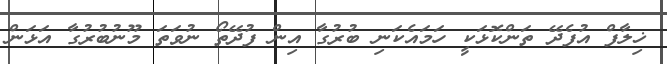
ޚިލާފް އުފެދޭ ތަންކޮޅަކީ ހަމައެކަނި ބުރުގާ އިން ފުދޭތޯ ނުވަތަ މޫނުބުރުގާ އަޅަން